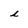
Character: i